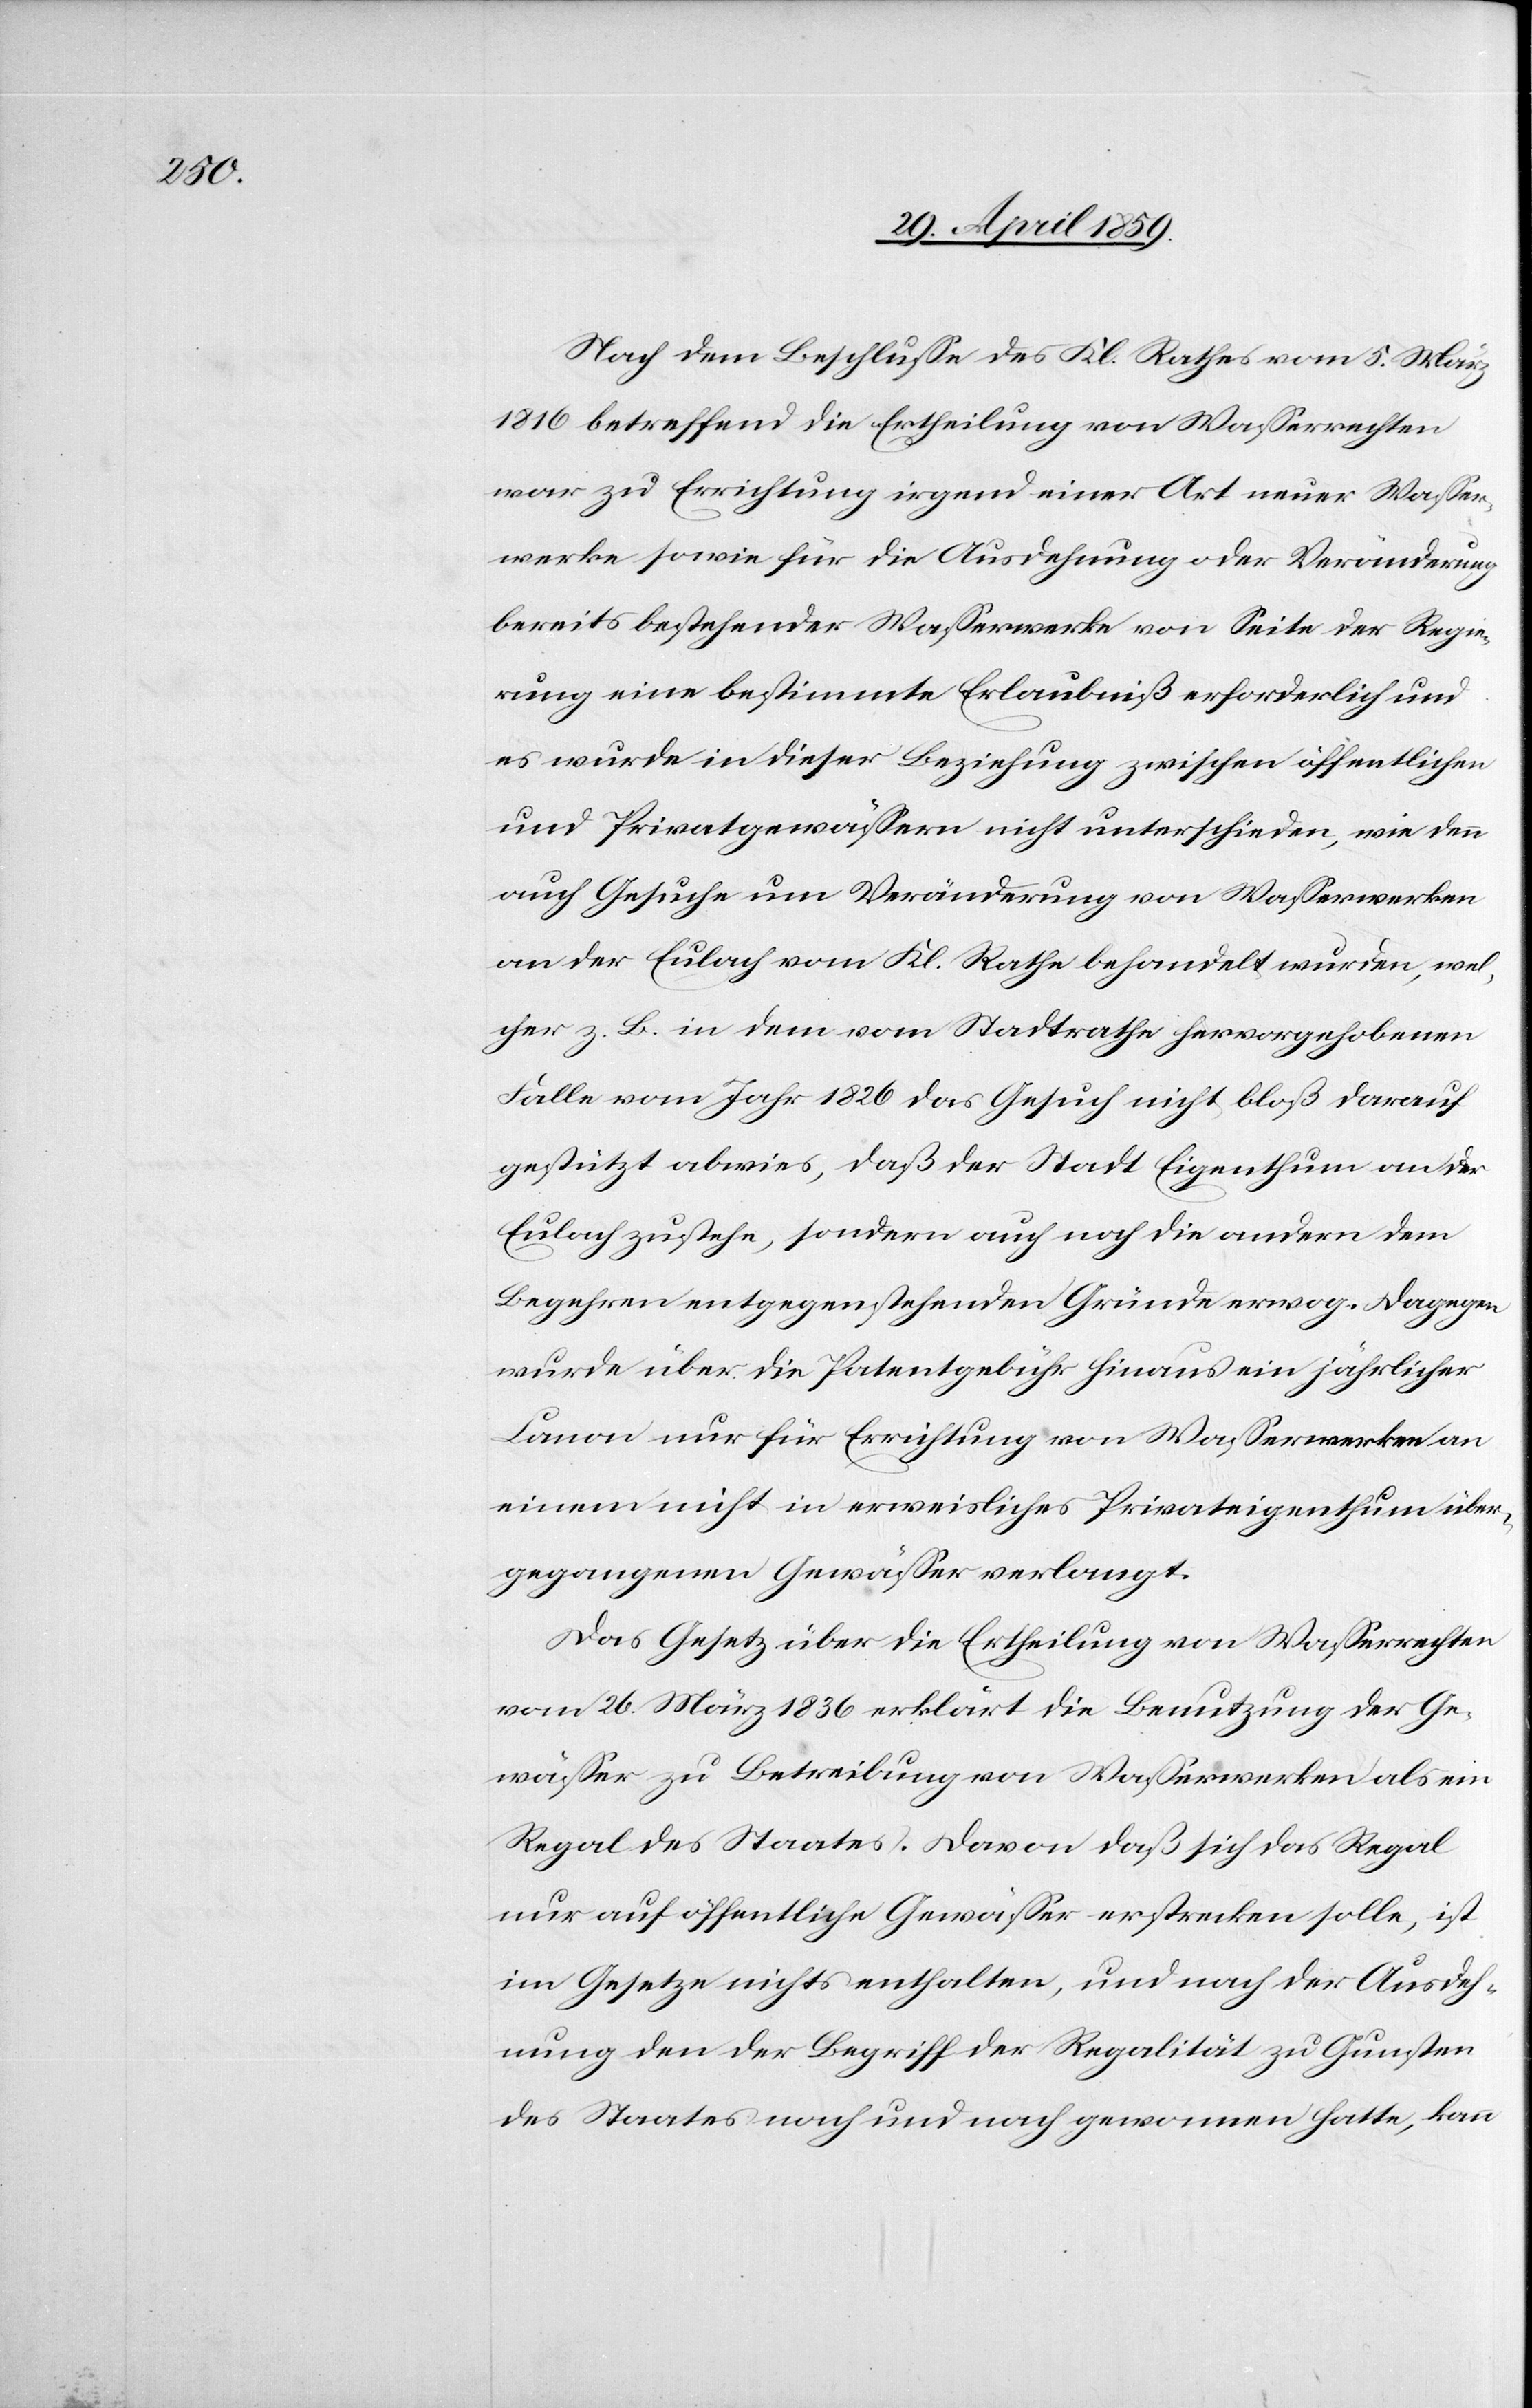
Nach dem Beschluße des Kl. Rathes vom 5. März
1816 betreffend die Ertheilung von Waßerrechten
war zu Errichtung irgend einer Art neuer Waßer¬
werke sowie für die Ausdehnung oder Veränderung
bereits bestehender Waßerwerke von Seite der Regie¬
rung eine bestimmte Erlaubniß erforderlich und
es wurde in dieser Beziehung zwischen öffentlichen
und Privatgewäßern nicht unterschieden, wie denn
auch Gesuche um Veränderung von Waßerwerken
an der Eulach vom Kl. Rathe behandelt wurden, wel¬
cher z. B. in dem vom Stadtrathe hervorgehobenen
Falle vom Jahr 1826 das Gesuch nicht bloß darauf
gestützt abwies, daß der Stadt Eigenthum an der
Eulach zustehe, sondern auch noch die andern dem
Begehren entgegenstehenden Gründe erwog. Dagegen
wurde über die Patentgebühr hinaus ein jährlicher
Canon nur für Errichtung von Waßerwerken an
einem nicht in erweisliches Privateigenthum über¬
gegangenen Gewäßer verlangt.
Das Gesetz über die Ertheilung von Waßerrechten
vom 26. März 1836 erklärt die Benutzung der Ge¬
wäßer zu Betreibung von Waßerwerken als ein
Regal des Staates. Davon daß sich das Regal
nur auf öffentliche Gewäßer erstrecken solle, ist
im Gesetze nichts enthalten, und nach der Ausdeh¬
nung den der Begriff der Regalität zu Gunsten
des Staates nach und nach gewonnen hatte, kann